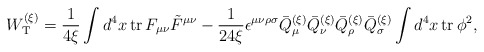
\begin{align*}W_{\rm T}^{(\xi)} = \frac{1}{4 \xi} \int d^4x\, {\rm tr}\,F_{\mu\nu} \tilde{F}^{\mu\nu} - \frac{1}{24 \xi} \epsilon^{\mu\nu\rho\sigma} \bar{Q}_\mu^{(\xi)} \bar{Q}_\nu^{(\xi)} \bar{Q}_\rho^{(\xi)}\bar{Q}_\sigma^{(\xi)} \int d^4x\, {\rm tr}\, \phi^2,\end{align*}